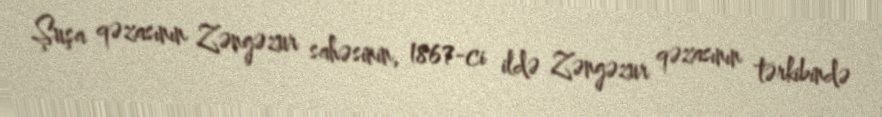
Şuşa qəzasının Zəngəzur sahəsinin, 1867-ci ildə Zəngəzur qəzasının tərkibində